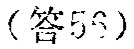
（答59）